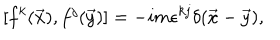
[ f ^ { k } ( \vec { x } ) , f ^ { j } ( \vec { y } ) ] = - i m \epsilon ^ { k j } \delta ( \vec { x } - \vec { y } ) ,